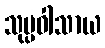
သုပ္ပဝါသာယ